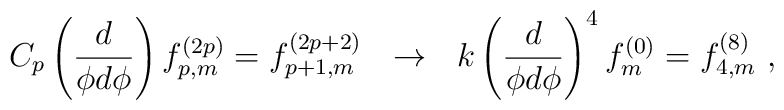
C_p \left( \frac{d}{\phi d \phi} \right) f^{(2p)}_{p,m} =  f^{(2p+2)}_{p+1,m} ~~ \rightarrow ~~ k \left( \frac{d}{\phi d \phi} \right)^4 f^{(0)}_m =     f^{(8)}_{4,m} \  ,